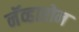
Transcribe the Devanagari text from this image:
नॅव्हारोन